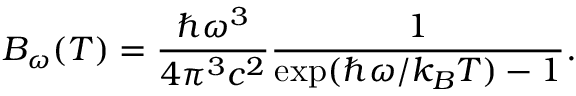
B _ { \omega } ( T ) = \frac { \hbar \omega ^ { 3 } } { 4 \pi ^ { 3 } c ^ { 2 } } \frac { 1 } { \exp ( \hbar \omega / k _ { B } T ) - 1 } .